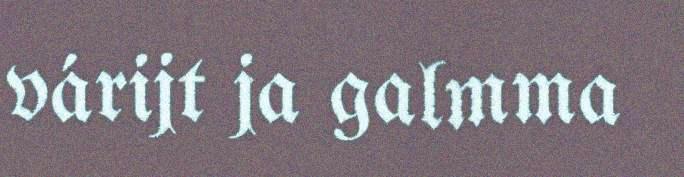
várijt ja galmma